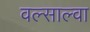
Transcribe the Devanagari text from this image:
वल्साल्वा